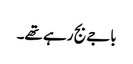
باجے بج رہے تھے۔